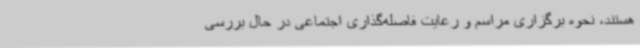
هستند، نحوه برگزاری مراسم و رعایت فاصله‌گذاری اجتماعی در حال بررسی